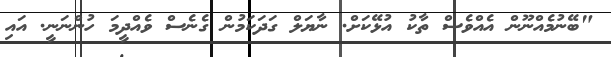
"ބޭނުމެއްނޫން އެއްވެސް ތާކު އުޅޭކަށް. ނާޔަލް ގަދަކަމުން ގެނެސް ވެއްދީމަ ހުންނަނީ. އައި